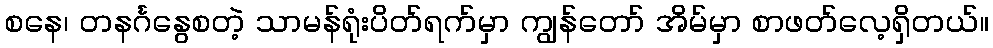
စနေ၊ တနင်္ဂနွေစတဲ့ သာမန်ရုံးပိတ်ရက်မှာ ကျွန်တော် အိမ်မှာ စာဖတ်လေ့ရှိတယ်။